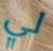
لي